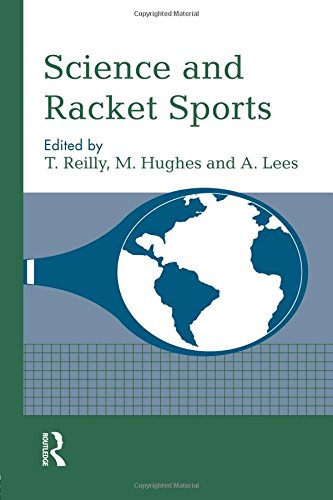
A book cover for Science and Racket Sports I; Sports & Outdoors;